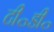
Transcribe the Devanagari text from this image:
टी॰डी॰